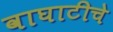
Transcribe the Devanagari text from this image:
वाघाटीचे